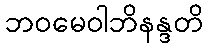
ဘဝမေဝါဘိနန္ဒတိ